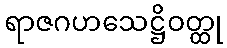
ရာဇဂဟသေဋ္ဌိဝတ္ထု